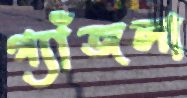
গ্যাঁজলা